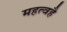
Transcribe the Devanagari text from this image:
महत्वहै